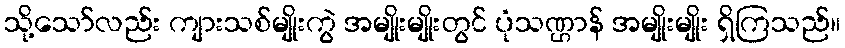
သို့သော်လည်း ကျားသစ်မျိုးကွဲ အမျိုးမျိုးတွင် ပုံသဏ္ဌာန် အမျိုးမျိုး ရှိကြသည်။